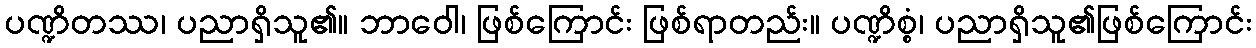
ပဏ္ဍိတဿ၊ ပညာရှိသူ၏။ ဘာဝေါ၊ ဖြစ်ကြောင်း ဖြစ်ရာတည်း။ ပဏ္ဍိစ္စံ၊ ပညာရှိသူ၏ဖြစ်ကြောင်း